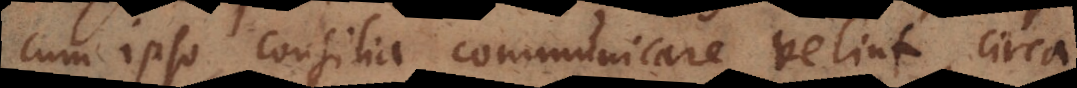
cum ipso consilia communicare velint, circa